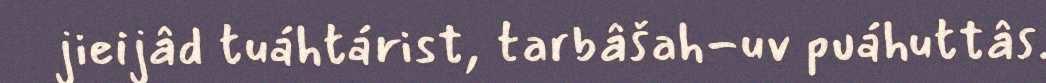
jieijâd tuáhtárist, tarbâšah-uv puáhuttâs.